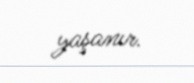
yaşanır.